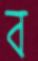
ব